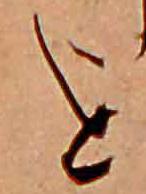
を